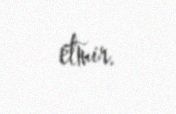
etmir.